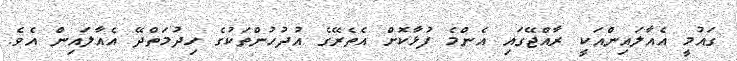
ގައުމީ އެއާލައިންއަކީ ރާއްޖޭގައި އެންމެ ފުޅާކޮށް އެތެރޭގެ އުދުހުންތަކުގެ ހިދުމަތްދޭ އެއާލައިން އެވެ.